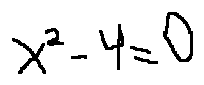
x ^ { 2 } - 4 = 0